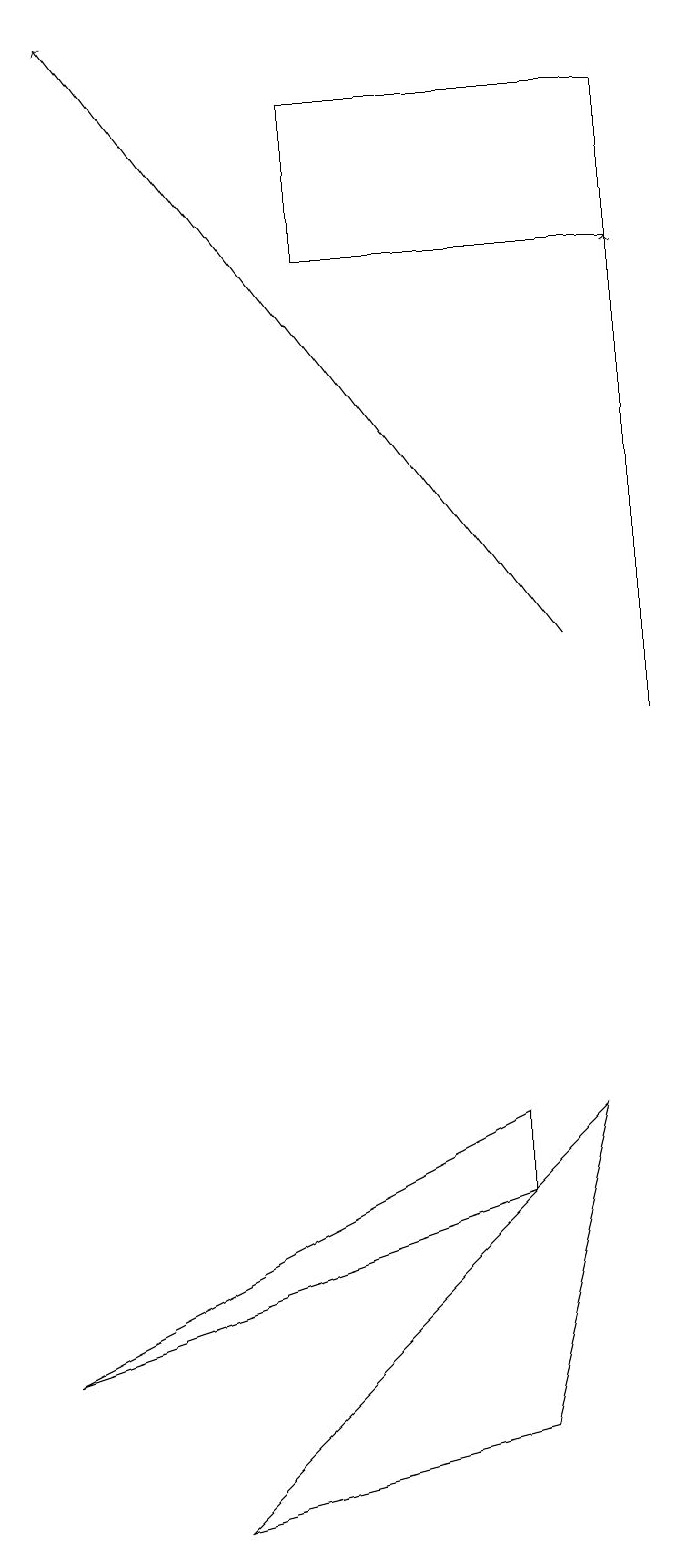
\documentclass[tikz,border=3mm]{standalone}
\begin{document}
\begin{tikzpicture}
\draw (7,5) -- (6,1) -- (2,0) -- cycle;
\draw[->] (7,11) -- (1,19);
\draw[->] (8,10) -- (8,16);
\draw (6,4) -- (6,5) -- (0,2) -- cycle;
\draw (4,16) rectangle (8,18);
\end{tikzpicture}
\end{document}